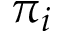
\pi _ { i }